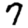
Digit: 7